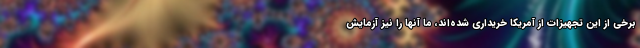
برخی از این تجهیزات از آمریکا خریداری شده‌اند، ما آنها را نیز آزمایش